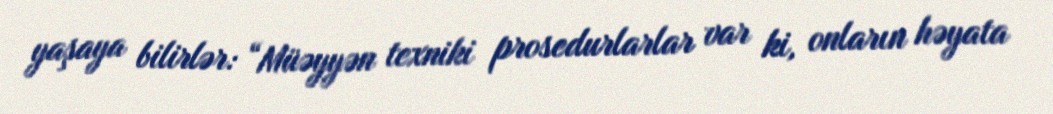
yaşaya bilirlər: “Müəyyən texniki prosedurlarlar var ki, onların həyata